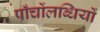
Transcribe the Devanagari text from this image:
पाँचोंलब्धियों